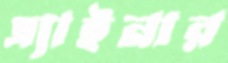
এ্যাইনার